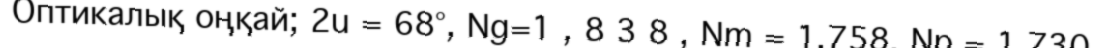
Оптикалық оңқай; 2u = 68°, Ng=1 , 8 3 8 , Nm = 1,758, Np = 1,730.